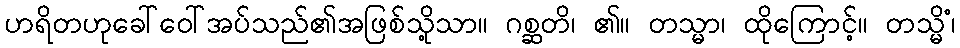
ဟရိတဟုခေါ်ဝေါ်အပ်သည်၏အဖြစ်သို့သာ။ ဂစ္ဆတိ၊ ၏။ တသ္မာ၊ ထိုကြောင့်။ တသ္မိံ၊